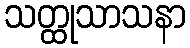
သတ္ထုသာသနာ